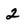
Character: 2